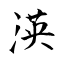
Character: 渶